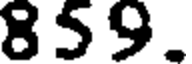
859.